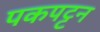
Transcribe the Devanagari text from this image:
पकपट्टन